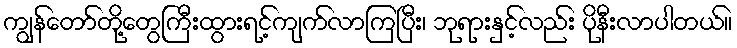
ကျွန်တော်တို့တွေကြီးထွားရင့်ကျက်လာကြပြီး၊ ဘုရားနှင့်လည်း ပိုနီးလာပါတယ်။